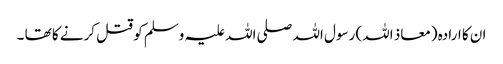
ان کا ارادہ (معاذ اللہ) رسول اللہ صلی اللہ علیہ وسلم کو قتل کرنے کا تھا ۔